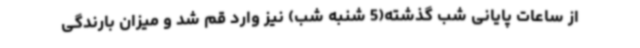
از ساعات پایانی شب گذشته(5 شنبه شب) نیز وارد قم شد و میزان بارندگی